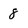
Character: 8